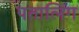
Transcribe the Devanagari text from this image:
पतालिंग